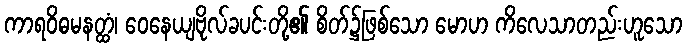
ကာရဝိဓမနတ္ထံ၊ ဝေနေယျဗိုလ်ခပင်းတို့၏ စိတ်၌ဖြစ်သော မောဟ ကိလေသာတည်းဟူသော